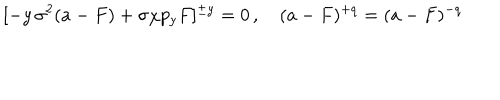
[ - y \, \sigma ^ { 2 } ( a - F ) + \sigma \chi p _ { y } F ] ^ { \pm y } = 0 \, , \quad ( a - F ) ^ { + q } = ( a - F ) ^ { - q }